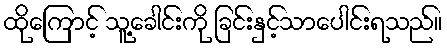
ထိုကြောင့် သူ့ခေါင်းကို ခြင်းနှင့်သာပေါင်းရသည်။